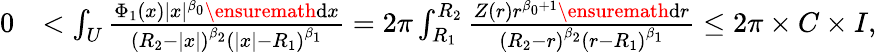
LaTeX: \begin{array}{rl}{0}&{<\int_{U}\frac{\Phi_{1}(x)|x|^{\beta_{0}}\ensuremath{\mathrm{d}}x}{\left(R_{2}-|x|\right)^{\beta_{2}}\left(|x|-R_{1}\right)^{\beta_{1}}}=2\pi\int_{R_{1}}^{R_{2}}\frac{Z(r)r^{\beta_{0}+1}\ensuremath{\mathrm{d}}r}{\left(R_{2}-r\right)^{\beta_{2}}\left(r-R_{1}\right)^{\beta_{1}}}\le 2\pi\times C\times I,}\end{array}